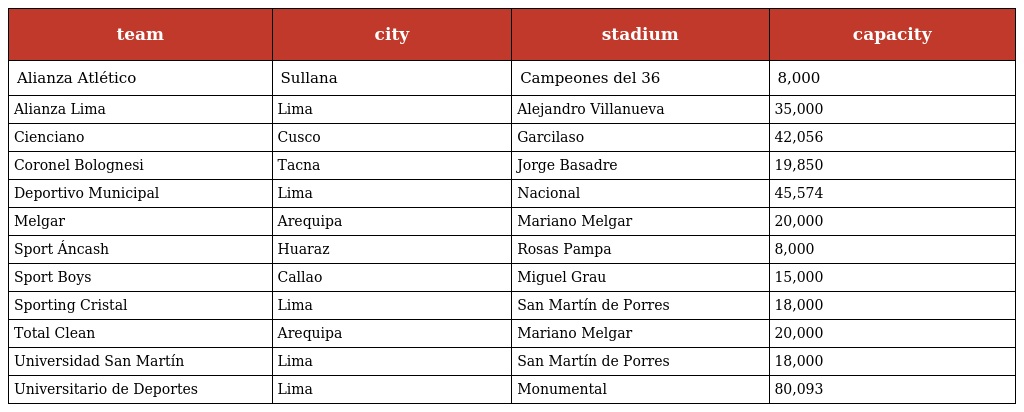
| team | city | stadium | capacity |
 | --- | --- | --- | --- |
 | Alianza Atlético | Sullana | Campeones del 36 | 8,000 |
 | Alianza Lima | Lima | Alejandro Villanueva | 35,000 |
 | Cienciano | Cusco | Garcilaso | 42,056 |
 | Coronel Bolognesi | Tacna | Jorge Basadre | 19,850 |
 | Deportivo Municipal | Lima | Nacional | 45,574 |
 | Melgar | Arequipa | Mariano Melgar | 20,000 |
 | Sport Áncash | Huaraz | Rosas Pampa | 8,000 |
 | Sport Boys | Callao | Miguel Grau | 15,000 |
 | Sporting Cristal | Lima | San Martín de Porres | 18,000 |
 | Total Clean | Arequipa | Mariano Melgar | 20,000 |
 | Universidad San Martín | Lima | San Martín de Porres | 18,000 |
 | Universitario de Deportes | Lima | Monumental | 80,093 |